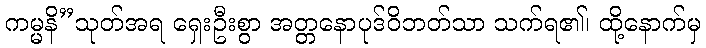
ကမ္မနိ”သုတ်အရ ရှေးဦးစွာ အတ္တနောပုဒ်ဝိဘတ်သာ သက်ရ၏၊ ထို့နောက်မှ